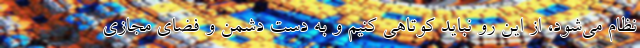
نظام می‌شود، از این رو نباید کوتاهی کنیم و به دست دشمن و فضای مجازی